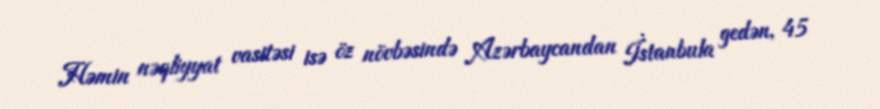
Həmin nəqliyyat vasitəsi isə öz növbəsində Azərbaycandan İstanbula gedən, 45